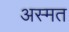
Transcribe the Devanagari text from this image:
अस्मत